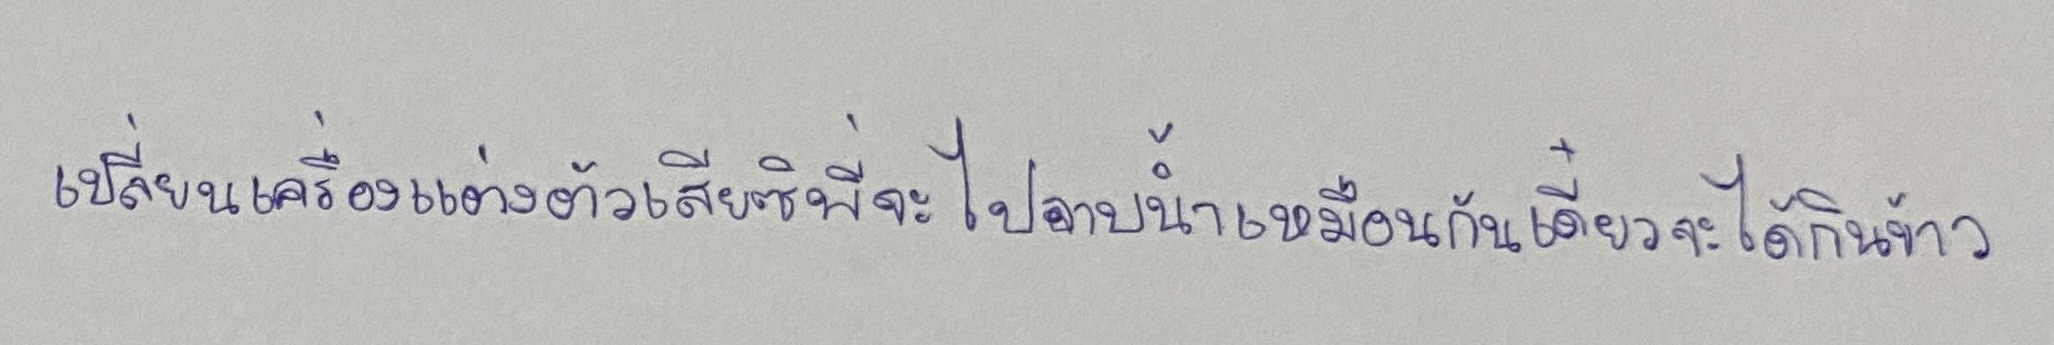
เปลี่ยนเครื่องแต่งตัวเสียซิพี่จะไปอาบน้ำเหมือนกันเดี๋ยวจะได้กินข้าว